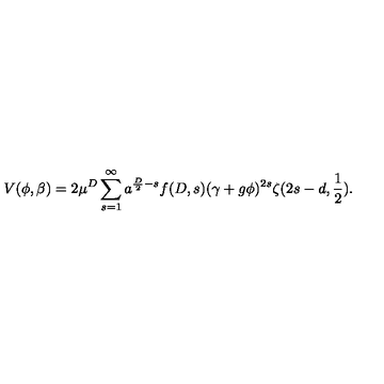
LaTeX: V ( \phi , \beta ) = 2 \mu ^ { D } \sum _ { s = 1 } ^ { \infty } a ^ { \frac { D } { 2 } - s } f ( D , s ) ( \gamma + g \phi ) ^ { 2 s } \zeta ( 2 s - d , \frac { 1 } { 2 } ) .